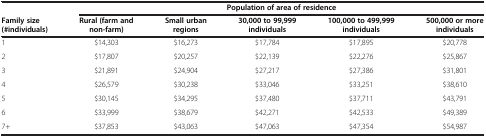
<table><thead><tr><td><b> </b></td><td colspan="5"><b>Population of area of residence</b></td></tr><tr><td><b>Family size (#individuals)</b></td><td><b>Rural (farm and non-farm)</b></td><td><b>Small urban regions</b></td><td><b>30,000 to 99,999 individuals</b></td><td><b>100,000 to 499,999 individuals</b></td><td><b>500,000 or more individuals</b></td></tr></thead><tbody><tr><td>1</td><td>$14,303</td><td>$16,273</td><td>$17,784</td><td>$17,895</td><td>$20,778</td></tr><tr><td>2</td><td>$17,807</td><td>$20,257</td><td>$22,139</td><td>$22,276</td><td>$25,867</td></tr><tr><td>3</td><td>$21,891</td><td>$24,904</td><td>$27,217</td><td>$27,386</td><td>$31,801</td></tr><tr><td>4</td><td>$26,579</td><td>$30,238</td><td>$33,046</td><td>$33,251</td><td>$38,610</td></tr><tr><td>5</td><td>$30,145</td><td>$34,295</td><td>$37,480</td><td>$37,711</td><td>$43,791</td></tr><tr><td>6</td><td>$33,999</td><td>$38,679</td><td>$42,271</td><td>$42,533</td><td>$49,389</td></tr><tr><td>7+</td><td>$37,853</td><td>$43,063</td><td>$47,063</td><td>$47,354</td><td>$54,987</td></tr></tbody></table>